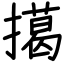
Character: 擖